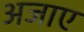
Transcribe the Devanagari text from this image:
अजाए